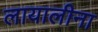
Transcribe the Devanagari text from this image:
लायालीना